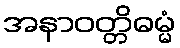
အနာဝတ္တိဓမ္မံ